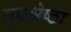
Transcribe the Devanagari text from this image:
नृपश्रेष्ठा